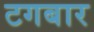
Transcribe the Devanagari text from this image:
टगबार